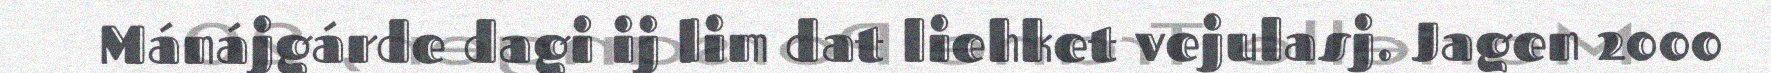
Mánájgárde dagi ij lim dat liehket vejulasj. Jagen 2000